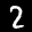
Label: 2